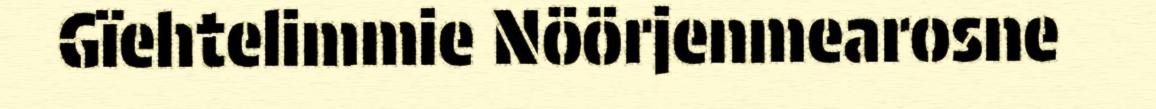
Gïehtelimmie Nöörjenmearosne